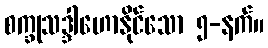
စက္ခုသဒ္ဒါဟောနိုင်သော ၅-နက်။